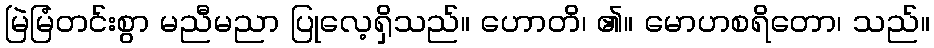
မြဲမြံတင်းစွာ မညီမညာ ပြုလေ့ရှိသည်။ ဟောတိ၊ ၏။ မောဟစရိတော၊ သည်။